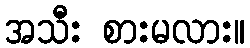
အသီး စားမလား။